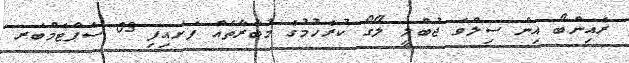
ރެއިންބޯ އިން ސިލްވަ ޖުބްލީ ލޯގޯ ކުރެހުމުގެ މުބާރާތެއް ފަށައިފި 03 ސެޕްޓެމްބަރ